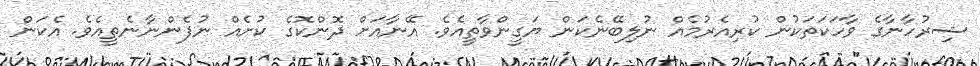
ޝިރުހާނާގެ ވާހަކަތަކުން ކުރިއެރުމެއް ނުލިބޭނެކަން ޔަގީންވާތީއެވެ. އޭނާއަށް ދޮންކޮގެ ކުށެއް ނުފެންނާނެތީއެވެ. އެކަން